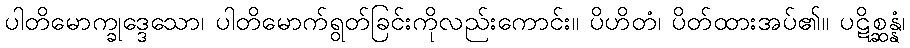
ပါတိမောက္ခုဒ္ဒေသော၊ ပါတိမောက်ရွတ်ခြင်းကိုလည်းကောင်း။ ပိဟိတံ၊ ပိတ်ထားအပ်၏။ ပဋိစ္ဆန္နံ၊